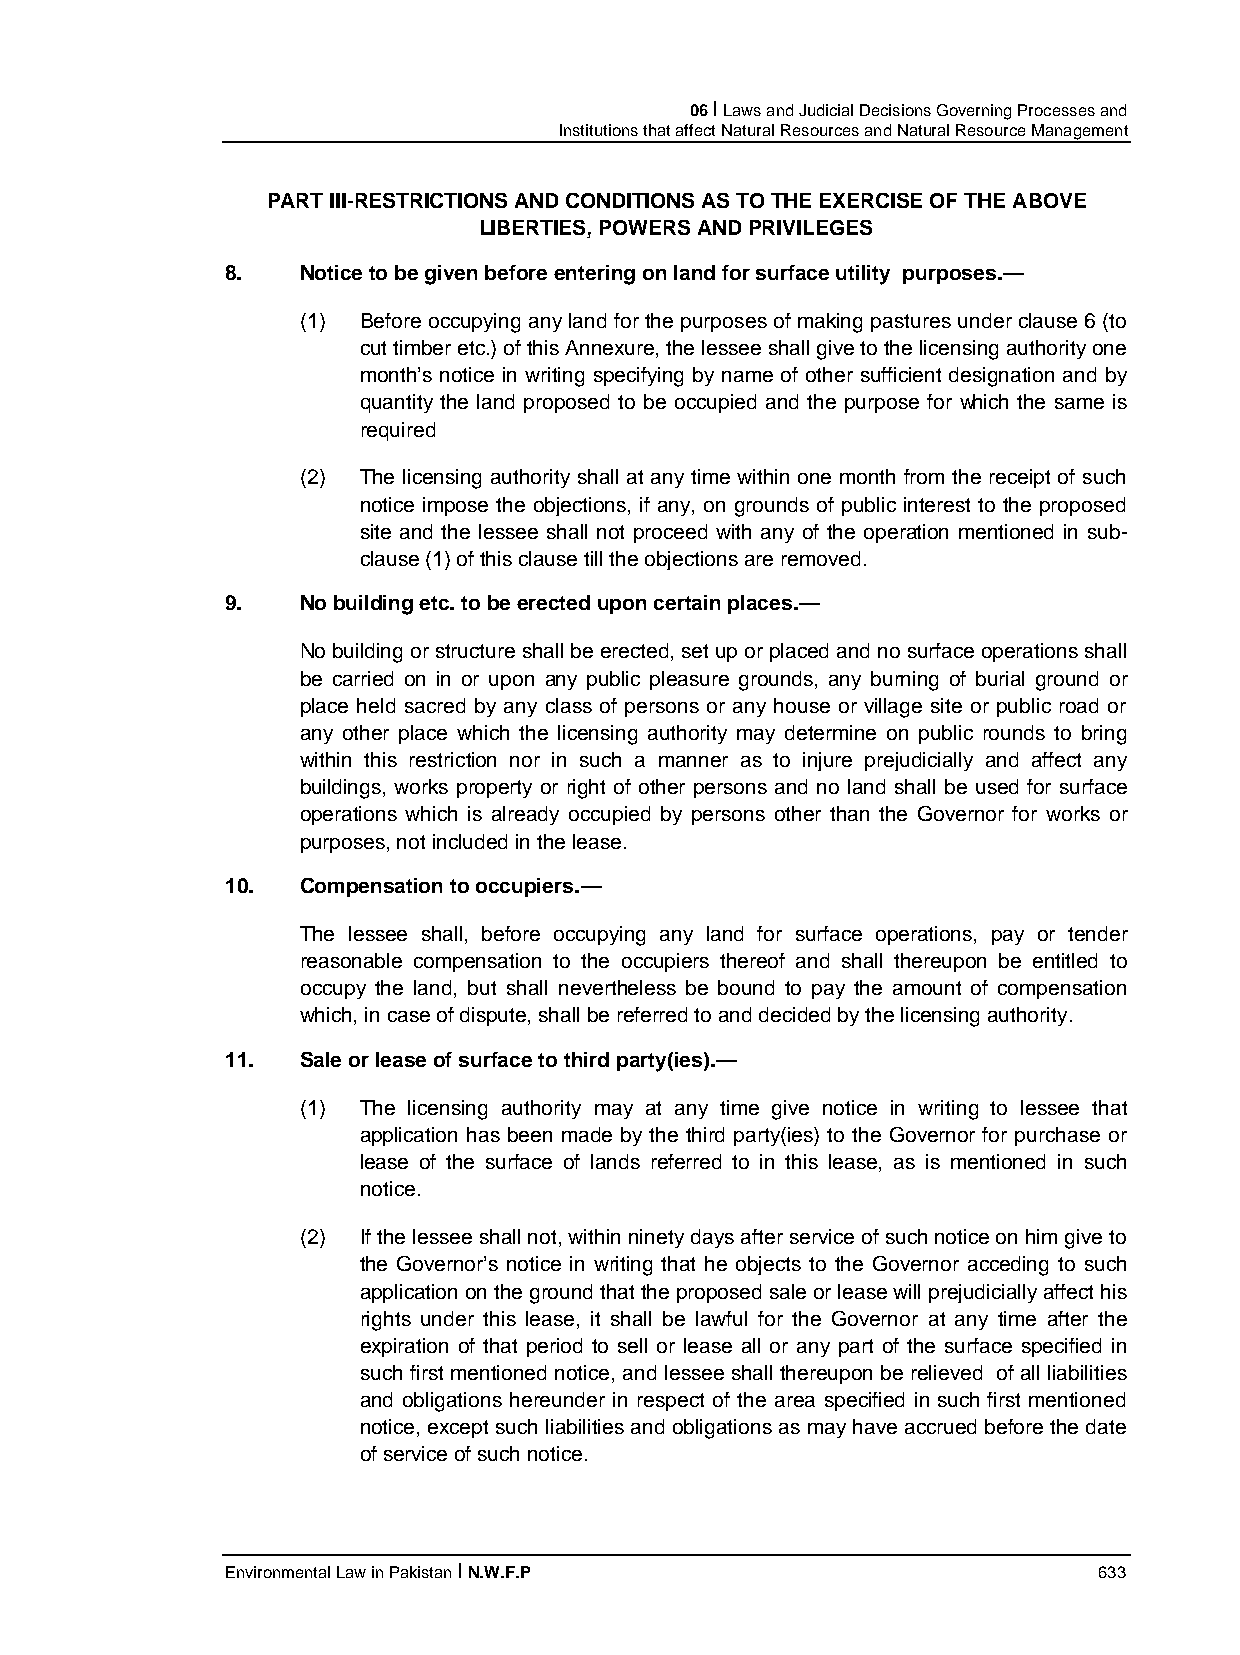
06 I Laws and Judicial Decisions Governing Processes and
 Institutions that affect Natural Resources and Natural Resource Management
 PART III-RESTRICTIONS AND CONDITIONS AS TO THE EXERCISE OF THE ABOVE
 LIBERTIES, POWERS AND PRIVILEGES
 8.   Notice to be given before entering on land for surface utility purposes.—
 (1) Before occupying any land for the purposes of making pastures under clause 6 (to
 cut timber etc.) of this Annexure, the lessee shall give to the licensing authority one
 month’s notice in writing specifying by name of other sufficient designation and by
 quantity the land proposed to be occupied and the purpose for which the same is
 required
 (2) The licensing authority shall at any time within one month from the receipt of such
 notice impose the objections, if any, on grounds of public interest to the proposed
 site and the lessee shall not proceed with any of the operation mentioned in sub-
 clause (1) of this clause till the objections are removed.
 9.   No building etc. to be erected upon certain places.—
 No building or structure shall be erected, set up or placed and no surface operations shall
 be carried on in or upon any public pleasure grounds, any burning of burial ground or
 place held sacred by any class of persons or any house or village site or public road or
 any other place which the licensing authority may determine on public rounds to bring
 within this restriction nor in such a manner as to injure prejudicially and affect any
 buildings, works property or right of other persons and no land shall be used for surface
 operations which is already occupied by persons other than the Governor for works or
 purposes, not included in the lease.
 10.  Compensation to occupiers.—
 The lessee shall, before occupying any land for surface operations, pay or tender
 reasonable compensation to the occupiers thereof and shall thereupon be entitled to
 occupy the land, but shall nevertheless be bound to pay the amount of compensation
 which, in case of dispute, shall be referred to and decided by the licensing authority.
 11.  Sale or lease of surface to third party(ies).—
 (1) The licensing authority may at any time give notice in writing to lessee that
 application has been made by the third party(ies) to the Governor for purchase or
 lease of the surface of lands referred to in this lease, as is mentioned in such
 notice.
 (2) If the lessee shall not, within ninety days after service of such notice on him give to
 the Governor’s notice in writing that he objects to the Governor acceding to such
 application on the ground that the proposed sale or lease will prejudicially affect his
 rights under this lease, it shall be lawful for the Governor at any time after the
 expiration of that period to sell or lease all or any part of the surface specified in
 such first mentioned notice, and lessee shall thereupon be relieved of all liabilities
 and obligations hereunder in respect of the area specified in such first mentioned
 notice, except such liabilities and obligations as may have accrued before the date
 of service of such notice.
 Environmental Law in Pakistan I N.W.F.P                   633